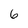
Character: 6